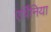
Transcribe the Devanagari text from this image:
एर्विनिया